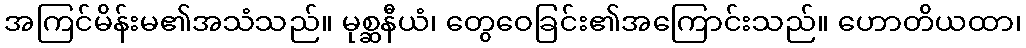
အကြင်မိန်းမ၏အသံသည်။ မုစ္ဆနီယံ၊ တွေဝေခြင်း၏အကြောင်းသည်။ ဟောတိယထာ၊